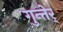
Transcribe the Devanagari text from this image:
गुन्तेर्